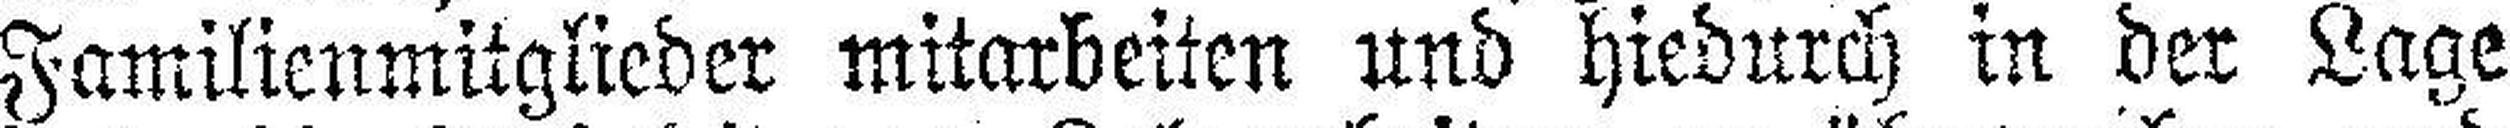
Familienmitglieder mitarbeiten und hiedurch in der Lage